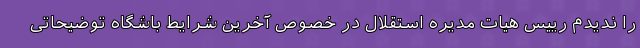
را ندیدم رییس هیات مدیره استقلال در خصوص آخرین شرایط باشگاه توضیحاتی